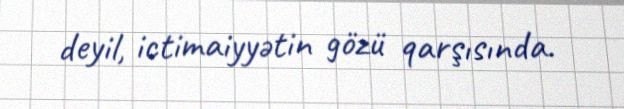
deyil, ictimaiyyətin gözü qarşısında.